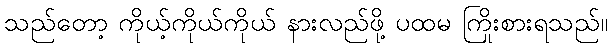
သည်တော့ ကိုယ့်ကိုယ်ကိုယ် နားလည်ဖို့ ပထမ ကြိုးစားရသည်။